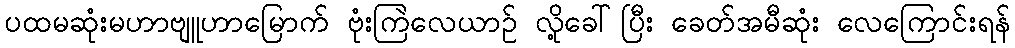
ပထမဆုံးမဟာဗျူဟာမြောက် ဗုံးကြဲလေယာဉ် လို့ခေါ်ပြီး ခေတ်အမီဆုံး လေကြောင်းရန်